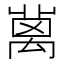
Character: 𥝄